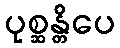
ပုစ္ဆန္တိပေ